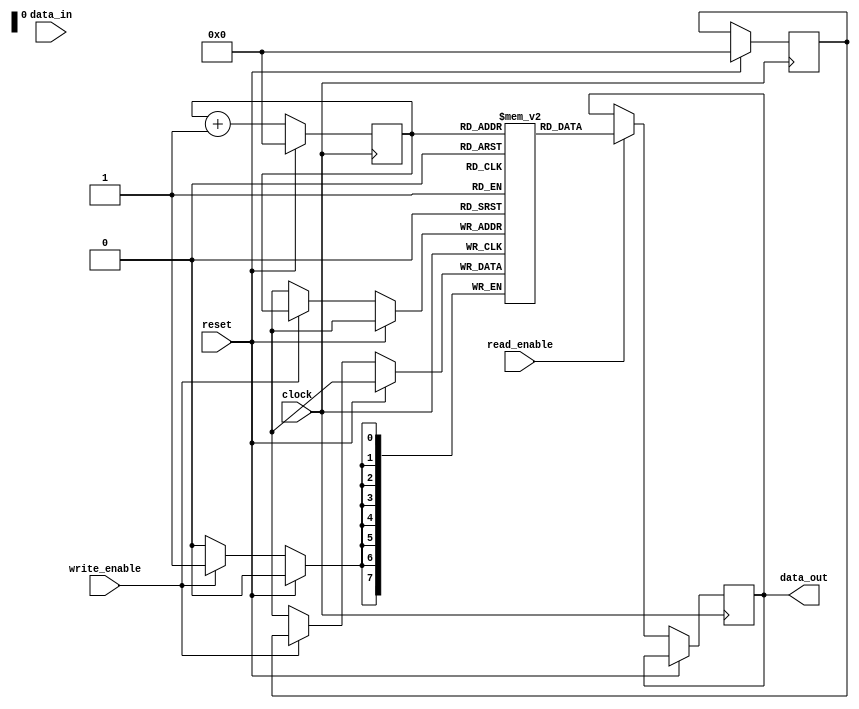
module NVRAM(
    input wire clock,
    input wire reset,
    input wire write_enable,
    input wire [7:0] data_in,
    input wire read_enable,
    output reg [7:0] data_out
);

reg [7:0] memory [0:255]; // 256-byte memory

reg [7:0] address;
reg [7:0] write_data;

always @(posedge clock) begin
    if (reset) begin
        address <= 8'b0;
        write_data <= 8'b0;
    end else begin
        if (write_enable) begin
            memory[address] <= write_data;
        end
        if (read_enable) begin
            data_out <= memory[address];
        end
        address <= address + 1;
    end
end

endmodule